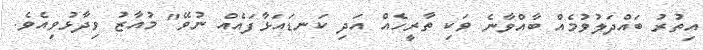
އިތުރު ބައްދަލުވުމެއް ބާއްވާނެ ވަކި ތާރީހެއް އަދި ކަނޑައަޅާފައެއް ނުވޭ" މުއާޒު ވިދާޅުވިއެވެ.